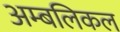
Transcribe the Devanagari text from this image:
अम्बलिकल